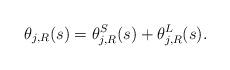
LaTeX: \begin{align*}\theta_{j,R}(s) = \theta^S_{j,R}(s) + \theta^L_{j,R}(s).\end{align*}